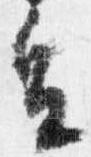
皇